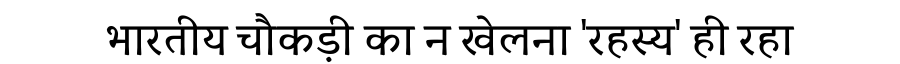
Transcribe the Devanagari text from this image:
भारतीय चौकड़ी का न खेलना 'रहस्य' ही रहा